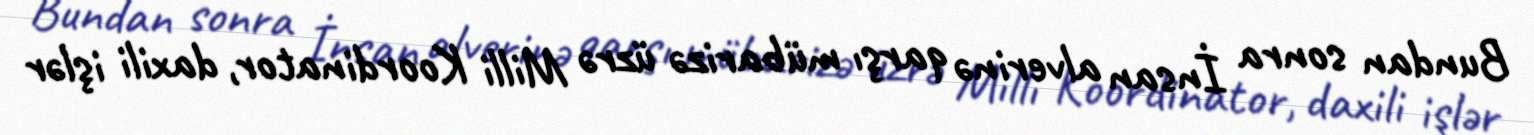
Bundan sonra İnsan alverinə qarşı mübarizə üzrə Milli Koordinator, daxili işlər